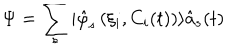
\Psi = \sum _ { s } | \hat { \varphi } _ { s } \left( \xi _ { i } , C _ { i } ( t ) \right) \rangle \hat { a } _ { s } ( t )